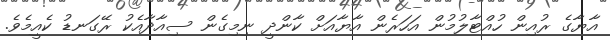
އާޔާގެ ރުއިން ހުއްޓާލުމުން އަހަރެން އާޔާއަށް ކާންދީ ނިމިގެން ސިއާދާއެކު ރޭގަނޑު ކެއީމެވެ.